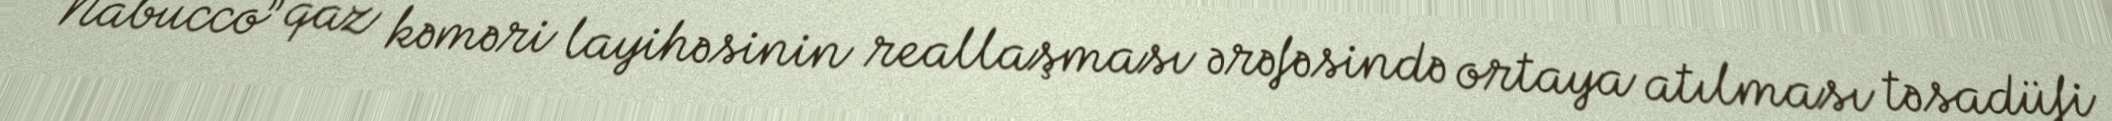
“Nabucco” qaz kəməri layihəsinin reallaşması ərəfəsində ortaya atılması təsadüfi